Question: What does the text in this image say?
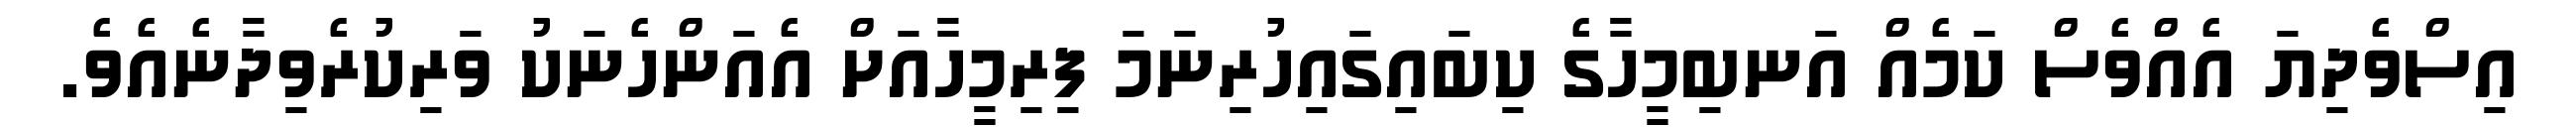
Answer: އިސްވެދިޔަ އެއްވެސް ކަމެއް އަނބިމީހާގެ ކިބައިގައިހުރިނަމަ ފިރިމީހާއަށް އެއަންހެނަކު ވަރިކުރެވިދާނެއެވެ.